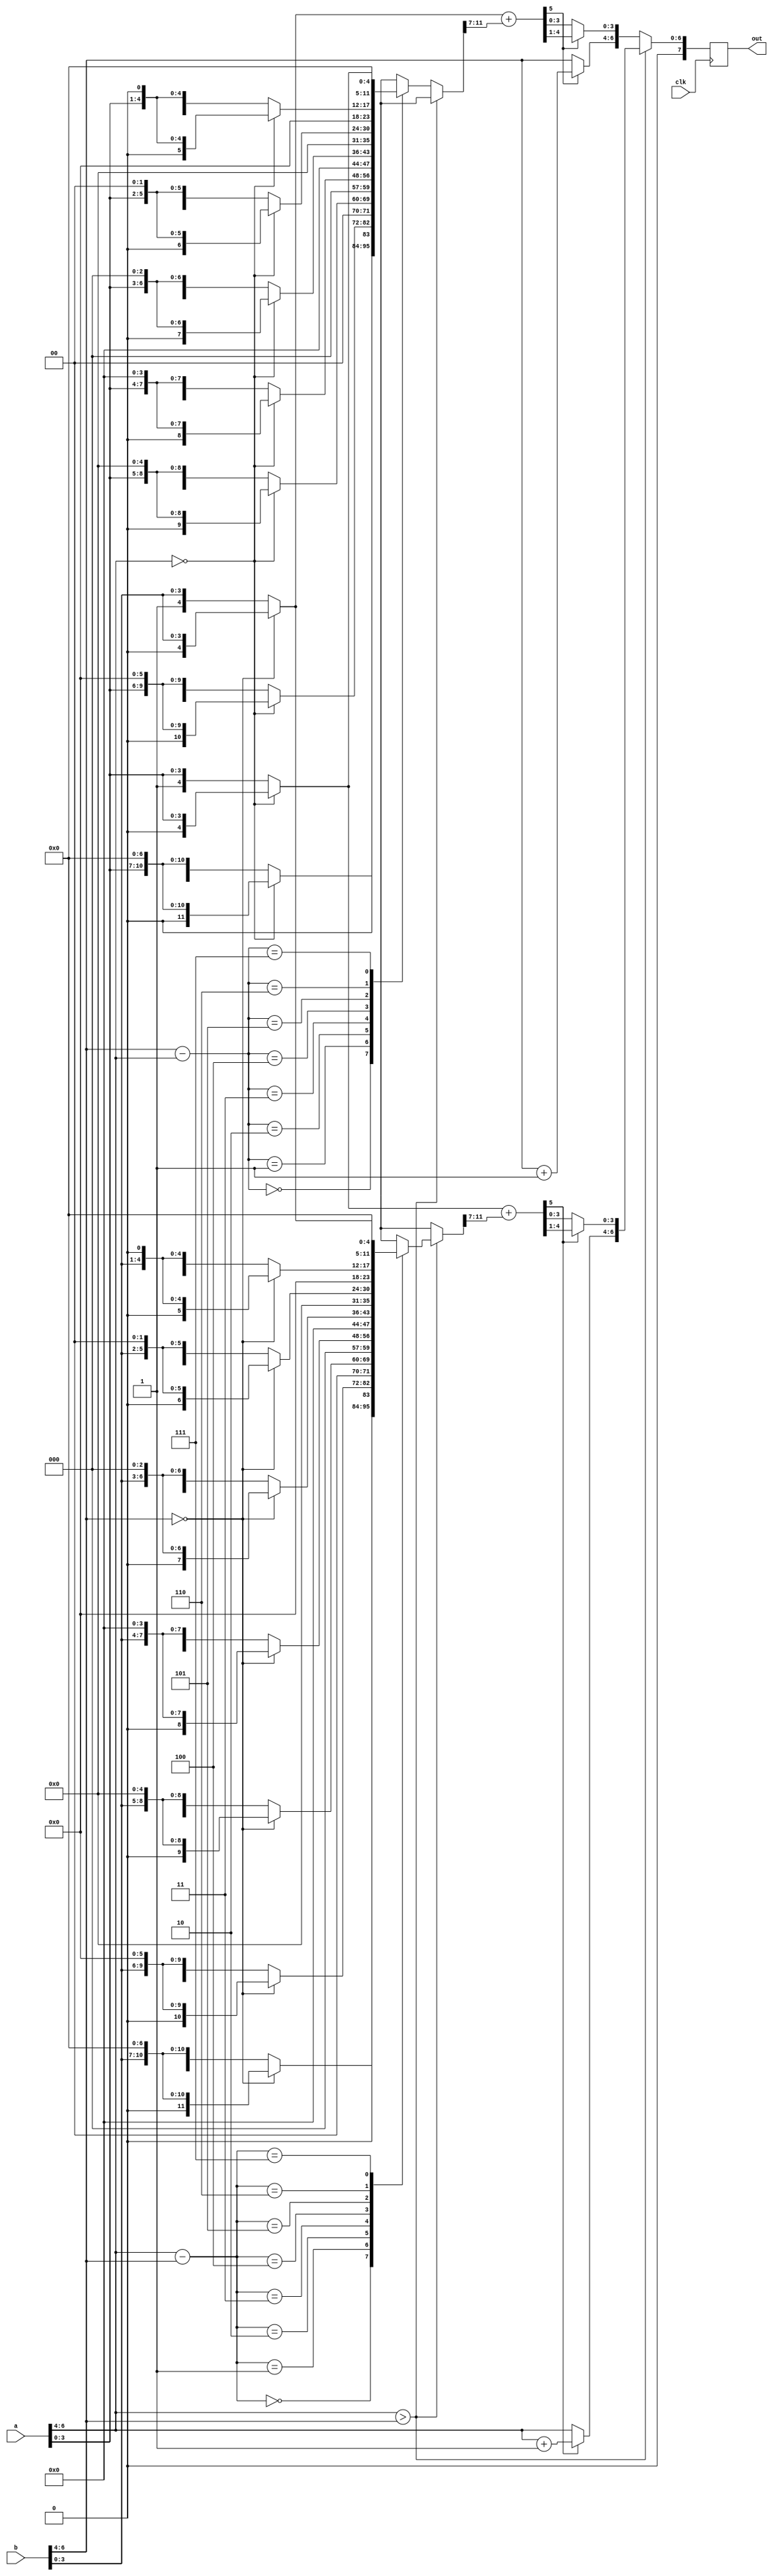
module flotAdd(out,a,b,clk);
    input [7:0]a,b;
    input clk;
    output reg [7:0] out;
    reg [2:0]diff=3'b000;
    reg [4:0]m1,m2 = 5'b000000;
    reg [5:0]sum=6'b000000;
    reg [11:0] shftMant = 12'b000000000000;
    //addtion only for positive numbers
    always@(posedge clk)
        begin
       //check the exponent and assign 
       out[7] = 1'b0;
        if (a[6:4] > b[6:4])
            begin
            diff = a[6:4] - b[6:4];
            //assign the exponent 
            out[6:4] = a[6:4];
            //mantisa shift 
            case (diff) 
            //shftMant is 12 bit
              0:shftMant =(b[6:4] == 3'b000)? {1'b0,b[3:0],7'b0000000} :       {1'b1,b[3:0],7'b0000000};
              1:shftMant =(b[6:4] == 3'b000)? {1'b0,1'b0,b[3:0],6'b000000}:    {1'b0,1'b1,b[3:0],6'b000000};
              2:shftMant =(b[6:4] == 3'b000)? {2'b00,1'b0,b[3:0],5'b00000}:{2'b00,1'b1,b[3:0],5'b00000};
              3:shftMant =(b[6:4] == 3'b000)? {3'b000,1'b0,b[3:0],4'b0000}:{3'b000,1'b1,b[3:0],4'b0000};
              4:shftMant =(b[6:4] == 3'b000)? {4'b0000,1'b0,b[3:0],3'b000}:{4'b0000,1'b1,b[3:0],3'b000};
              5:shftMant =(b[6:4] == 3'b000)? {5'b00000,1'b0,b[3:0],2'b00}:{5'b00000,1'b1,b[3:0],2'b00};
              6:shftMant =(b[6:4] == 3'b000)? {6'b000000,1'b0,b[3:0],1'b0}:{6'b000000,1'b1,b[3:0],1'b0};
              7:shftMant =(b[6:4] == 3'b000)? {7'b0000000,1'b0,b[3:0]}:    {7'b0000000,1'b1,b[3:0]};
            endcase
            //add the mantisa
            m1 = (a[6:4] == 3'b000)?{1'b0,a[3:0]}:{1'b1,a[3:0]};
            m2 = shftMant[11:7]; //5bit
            sum = m1+ m2; //6bit
            //check for mormalisation
            if (sum[5] == 1)
                //we need to normalise, and tune the exponent
                begin
                    out[3:0] = sum[4:1];
                    out[6:4] = a[6:4] + 1; 
                end
            else
            out[3:0] = sum[3:0];
          end
        //b[6:4] > a[6:4]
        else 
            begin
            diff = b[6:4] - a[6:4];
            //assign the exponent
            out[6:4] = b[6:4];
            //mantisa shift 
            case (diff) 
            //shftMant is 12 bit
              0:shftMant =(a[6:4] == 3'b000)? {1'b0,a[3:0],7'b0000000} :       {1'b1,a[3:0],7'b0000000};
              1:shftMant =(a[6:4] == 3'b000)? {1'b0,1'b0,a[3:0],6'b000000}:    {1'b0,1'b1,a[3:0],6'b000000};
              2:shftMant =(a[6:4] == 3'b000)? {2'b00,1'b0,a[3:0],5'b00000}:{2'b00,1'b1,a[3:0],5'b00000};
              3:shftMant =(a[6:4] == 3'b000)? {3'b000,1'b0,a[3:0],4'b0000}:{3'b000,1'b1,a[3:0],4'b0000};
              4:shftMant =(a[6:4] == 3'b000)? {4'b0000,1'b0,a[3:0],3'b000}:{4'b0000,1'b1,a[3:0],3'b000};
              5:shftMant =(a[6:4] == 3'b000)? {5'b00000,1'b0,a[3:0],2'b00}:{5'b00000,1'b1,a[3:0],2'b00};
              6:shftMant =(a[6:4] == 3'b000)? {6'b000000,1'b0,a[3:0],1'b0}:{6'b000000,1'b1,a[3:0],1'b0};
              7:shftMant =(a[6:4] == 3'b000)? {7'b0000000,1'b0,a[3:0]}:    {7'b0000000,1'b1,a[3:0]};
            endcase
            //add the mantisa
            m1 = (b[6:4] == 3'b000)?{1'b0,b[3:0]}:{1'b1,b[3:0]};
            m2 = shftMant[11:7]; //5bit
            sum = m1+ m2; //6bit
            //check for mormalisation
            if (sum[5] == 1)
                //we need to normalise, and tune the exponent
                begin
                    out[3:0] = sum[4:1];
                    out[6:4] = b[6:4] + 1; 
                end
            else
            out[3:0] = sum[3:0];
            end
         end
        endmodule